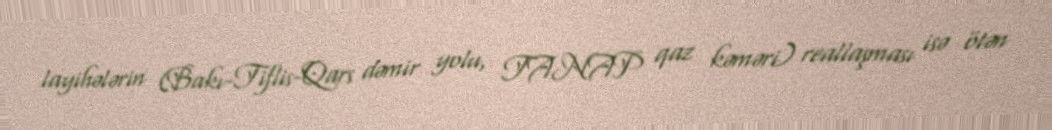
layihələrin (Bakı-Tiflis-Qars dəmir yolu, TANAP qaz kəməri) reallaşması isə ötən